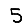
Digit: 5